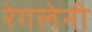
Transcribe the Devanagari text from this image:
रेगलेनी